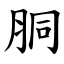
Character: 胴